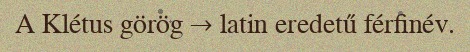
A Klétus görög → latin eredetű férfinév.